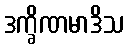
ဒက္ခိဏမာဒိသ